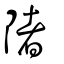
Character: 陼